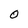
Character: O